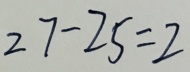
2 7 - 2 5 = 2